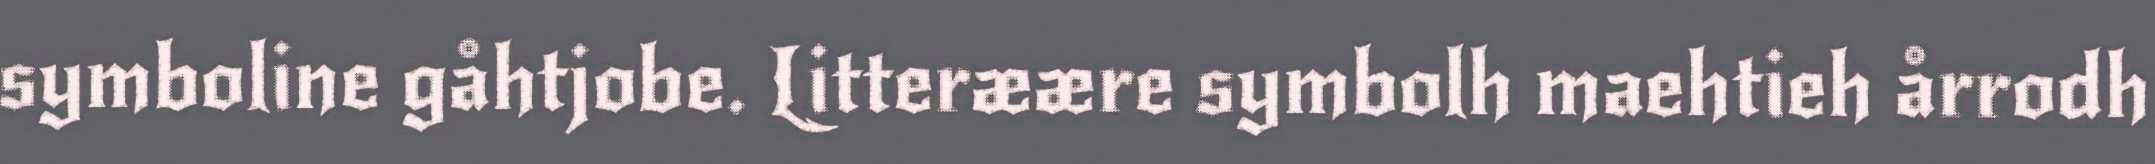
symboline gåhtjobe. Litteræære symbolh maehtieh årrodh